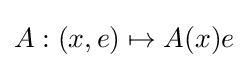
A:(x,e)\mapsto A(x)e